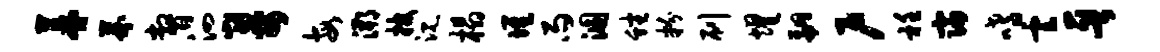
暮芥瞥泗哥每溯披沉榻堆雨溷蟠粉刷耀翩户衽寝嗜云晋